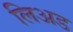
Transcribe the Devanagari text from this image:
लिअड